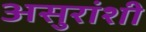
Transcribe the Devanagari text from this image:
असुरांशी